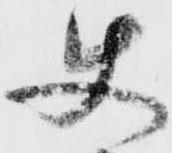
使